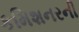
કમિશનરની